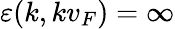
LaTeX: \varepsilon(k,kv_{F})=\infty